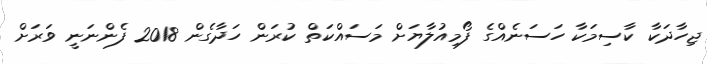
ޖިހާދަކާ ކާސިމަކާ ހަސަނެއްގެ ފޯމިއުލާޔަށް މަސައްކަތް ކުރަން ހަދާގެން 2018 ފެންނަނީ ވަރަށް